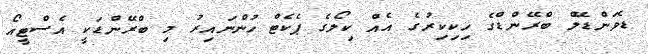
ޑެވަންޑޭލް ބްރޭންޑްގެ ހިކިކިރުގެ އެއް ކިލޯގެ ޕެކެޓް ހުންނައިރު މި ބްރޭންޑަކީ އެސްޓީއޯ